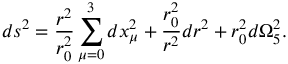
d s ^ { 2 } = \frac { r ^ { 2 } } { r _ { 0 } ^ { 2 } } \sum _ { \mu = 0 } ^ { 3 } d x _ { \mu } ^ { 2 } + \frac { r _ { 0 } ^ { 2 } } { r ^ { 2 } } d r ^ { 2 } + r _ { 0 } ^ { 2 } d \Omega _ { 5 } ^ { 2 } .